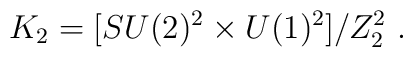
K_2 = [SU(2)^2 \times U(1)^2]/Z_2^2 \ .